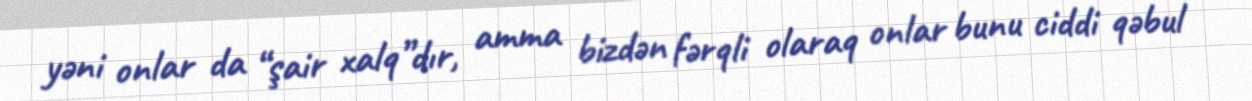
yəni onlar da “şair xalq”dır, amma bizdən fərqli olaraq onlar bunu ciddi qəbul